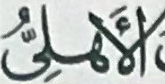
الأهلى